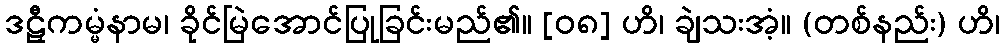
ဒဠှီကမ္မံနာမ၊ ခိုင်မြဲအောင်ပြုခြင်းမည်၏။ [၀၈] ဟိ၊ ချဲသးအံ့။ (တစ်နည်း) ဟိ၊